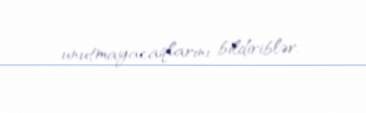
unutmayacaqlarını bildiriblər.